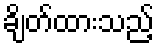
ချိတ်ထားသည့်